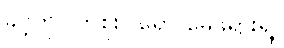
ခင့်ကို လာစူးပါရော မေဖုရားရဲ့။